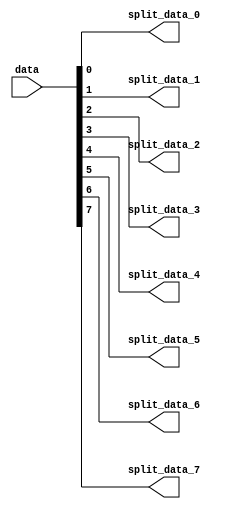
module util_bsplit (

  data,

  split_data_0,
  split_data_1,
  split_data_2,
  split_data_3,
  split_data_4,
  split_data_5,
  split_data_6,
  split_data_7);

  // parameters

  parameter   CH_DW     = 1;
  parameter   CH_CNT    = 8;
  localparam  CH_MCNT   = 9;

  // interface

  input   [((CH_CNT*CH_DW)-1):0]    data;
  output  [(CH_DW-1):0]             split_data_0;
  output  [(CH_DW-1):0]             split_data_1;
  output  [(CH_DW-1):0]             split_data_2;
  output  [(CH_DW-1):0]             split_data_3;
  output  [(CH_DW-1):0]             split_data_4;
  output  [(CH_DW-1):0]             split_data_5;
  output  [(CH_DW-1):0]             split_data_6;
  output  [(CH_DW-1):0]             split_data_7;

  // internal signals

  wire    [((CH_MCNT*CH_DW)-1):0]   data_s;

  // extend and split
  
  assign data_s[((CH_MCNT*CH_DW)-1):(CH_CNT*CH_DW)] = 'd0;
  assign data_s[((CH_CNT*CH_DW)-1):0] = data;

  assign split_data_0 = data_s[((CH_DW*1)-1):(CH_DW*0)];
  assign split_data_1 = data_s[((CH_DW*2)-1):(CH_DW*1)];
  assign split_data_2 = data_s[((CH_DW*3)-1):(CH_DW*2)];
  assign split_data_3 = data_s[((CH_DW*4)-1):(CH_DW*3)];
  assign split_data_4 = data_s[((CH_DW*5)-1):(CH_DW*4)];
  assign split_data_5 = data_s[((CH_DW*6)-1):(CH_DW*5)];
  assign split_data_6 = data_s[((CH_DW*7)-1):(CH_DW*6)];
  assign split_data_7 = data_s[((CH_DW*8)-1):(CH_DW*7)];

endmodule